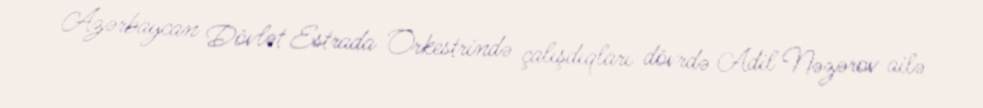
Azərbaycan Dövlət Estrada Orkestrində çalışdıqları dövrdə Adil Nəzərov ailə